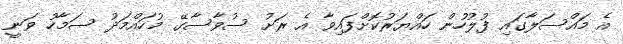
އެ މައްސަލާގައި ފުލުހުން ހައްޔަރުކޮށްފައިވާ އެ ރަށު ސުވާސާގޭ މުހައްމަދު ސަމާހު ވަނީ